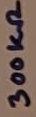
Text: 300kΩ